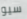
سيو